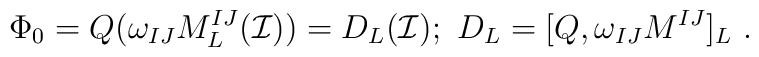
\Phi_0=Q(\omega_{IJ}M^{IJ}_L(\mathcal{I}))=D_L(\mathcal{I}) ; \ D_L=[Q,\omega_{IJ}M^{IJ}]_L \ .